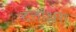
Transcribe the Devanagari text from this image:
दत्ताक्षरा